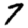
Digit: 7